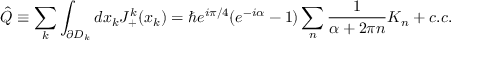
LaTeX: \hat { Q } \equiv \sum _ { k } \int _ { \partial D _ { k } } d x _ { k } J _ { + } ^ { k } ( x _ { k } ) = \hbar e ^ { i \pi / 4 } ( e ^ { - i \alpha } - 1 ) \sum _ { n } \frac { 1 } { \alpha + 2 \pi n } K _ { n } + c . c .